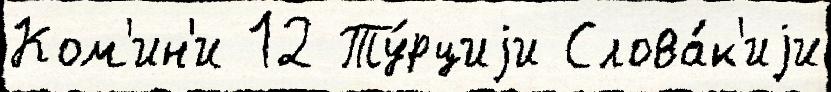
Ком'ин'и 12 Ту́рциjи Слова́к'иjи